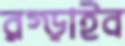
রগ্‌ড়াইব